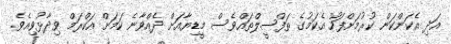
އަދި އެކަންކަން ކުރުމަށްފަހު އެކަމުގެ ތަފްސީލްތައްވެސް މީޑިޔާއަށް ދެއްވާނެ ކަމަށް އަކްރަމް ވިދާޅުވިއެވެ.